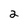
Character: 2